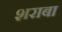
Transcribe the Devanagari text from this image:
शराबा